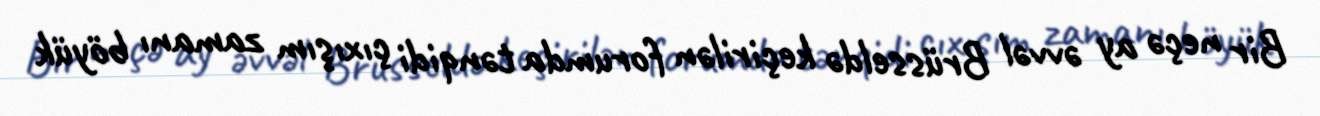
Bir neçə ay əvvəl Brüsseldə keçirilən forumda tənqidi çıxışım zamanı böyük